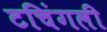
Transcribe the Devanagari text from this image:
टचिंगली